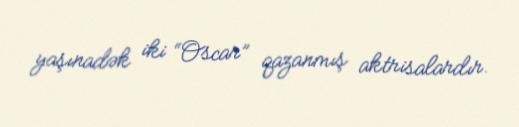
yaşınadək iki “Oscar” qazanmış aktrisalardır.